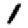
Digit: 1